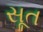
સૂત